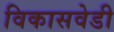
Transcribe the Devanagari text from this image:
विकासवेडी